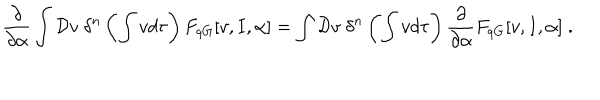
\frac { \partial } { \partial \alpha } \int { \cal D } v \; \delta ^ { n } \left( \int v d \tau \right) F _ { q G } [ v , I , \alpha ] = \int { \cal D } v \; \delta ^ { n } \left( \int v d \tau \right) \frac { \partial } { \partial \alpha } F _ { q G } [ v , I , \alpha ] \; .